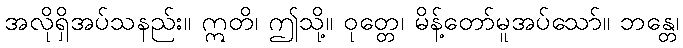
အလိုရှိအပ်သနည်း။ ဣတိ၊ ဤသို့။ ဝုတ္တေ၊ မိန့်တော်မူအပ်သော်။ ဘန္တေ၊